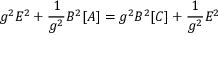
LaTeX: g ^ { 2 } E ^ { 2 } + \frac { 1 } { g ^ { 2 } } B ^ { 2 } [ A ] = g ^ { 2 } B ^ { 2 } [ C ] + \frac { 1 } { g ^ { 2 } } { \cal E } ^ { 2 }